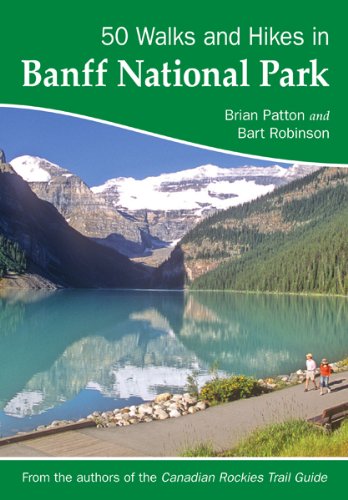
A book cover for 50 Walks and Hikes in Banff National Park; Brian Patton and Bart Robinson; Travel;